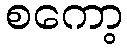
စကော့